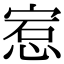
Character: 𪬅